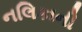
નલિકાની